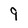
Character: 9